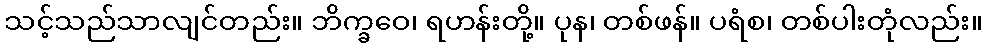
သင့်သည်သာလျင်တည်း။ ဘိက္ခဝေ၊ ရဟန်းတို့။ ပုန၊ တစ်ဖန်။ ပရံစ၊ တစ်ပါးတုံလည်း။